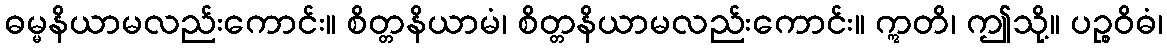
ဓမ္မနိယာမလည်းကောင်း။ စိတ္တနိယာမံ၊ စိတ္တနိယာမလည်းကောင်း။ ဣတိ၊ ဤသို့။ ပဉ္စဝိဓံ၊